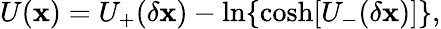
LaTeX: U(\mathbf{x})=U_{+}(\delta\mathbf{x})-\ln\{ \cosh[U_{-}(\delta\mathbf{x})]\} ,